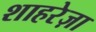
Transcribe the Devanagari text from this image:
शाहरेज़ा